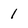
Character: 1